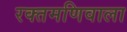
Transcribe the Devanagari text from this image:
रक्तमणिवाला